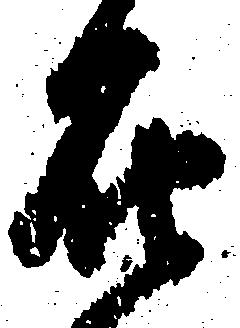
在